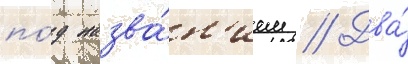
по́д назва́н'ием // Два́